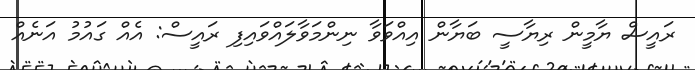
ރައީސް ޔާމީން ރިޔާސީ ބަޔާން އިއްވަވާ ނިންމަވާލައްވައިފި ރައީސް: އެއް ގައުމު އަނެއް